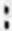
: